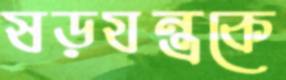
ষড়যন্ত্রকে